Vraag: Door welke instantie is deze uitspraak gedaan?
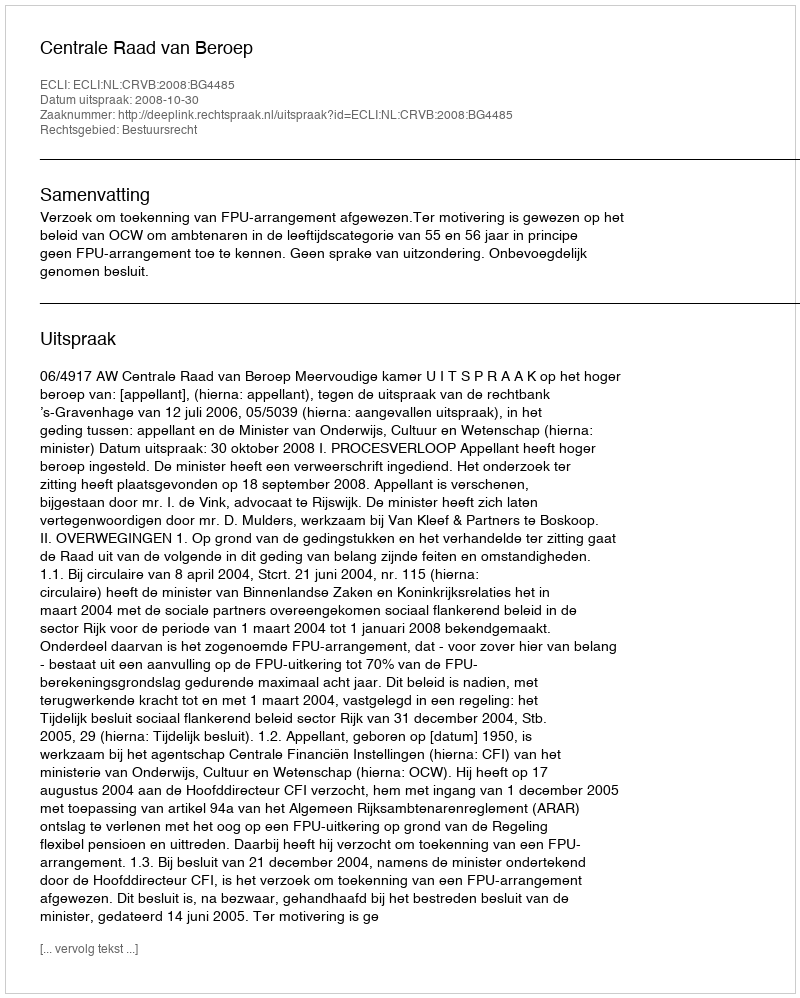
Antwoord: Centrale Raad van Beroep